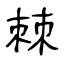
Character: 棘